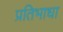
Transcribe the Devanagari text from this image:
प्रतिभाधा